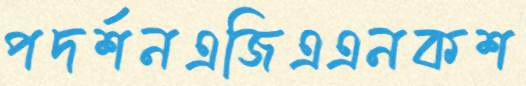
পদর্শনএজিএএনকশ